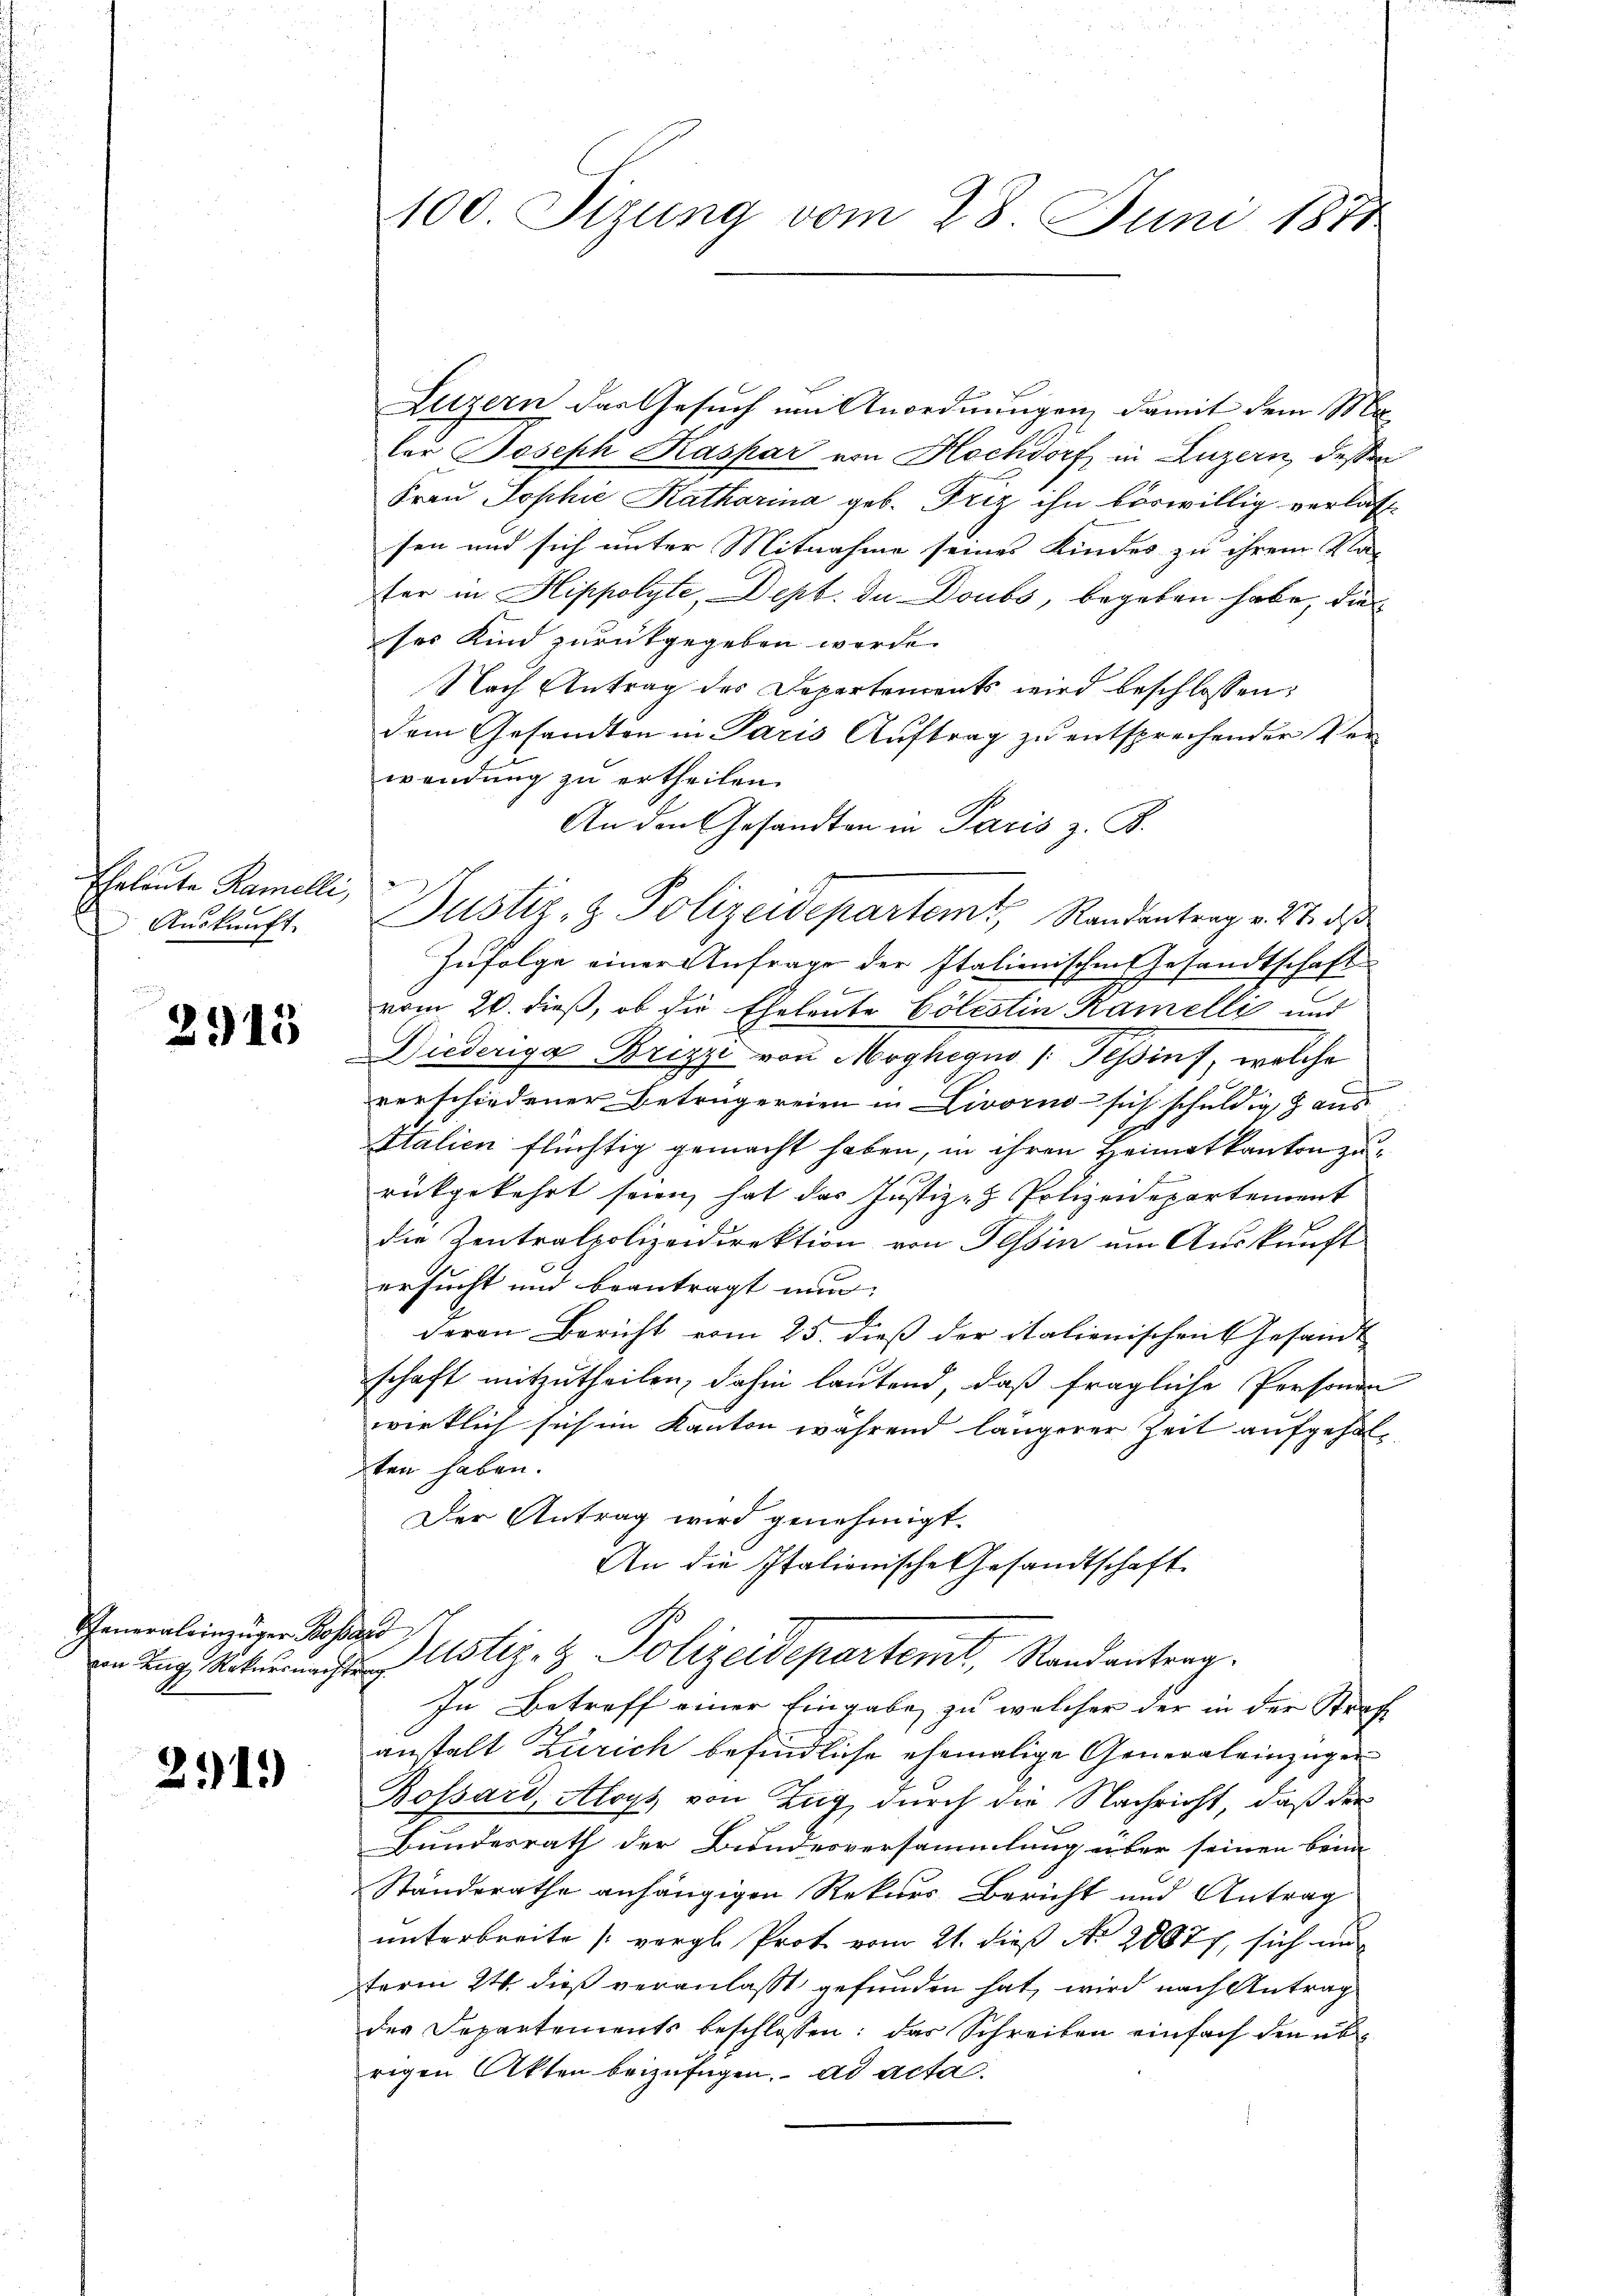
Eheleute Kamelli,
Auskunft

und
2915

General einzüger Bossard

2115)

100 Sizung vom 28. Juni 1871

Luzern das Gesuch um Anordnungen, damit dem Maler Joseph Kaspar von Hochdorf in Luzern, dessen
Frau Sophie Katharina geb. Friz ihn böswillig verlassen und sich unter Mitnahme seines Kindes zu ihrem Va-
fer in Hippolyte, Dept. du Doubs, begeben habe, die
ses Kind zurückgegeben werde.
Nach Antrag des Departements wird beschlossen:
dem Gesandten in Paris Auftrag zu entsprechender Verwendung zu ertheilen.
An den Gesandten in Paris z. B.
Justiz- & Polizeidepartemt, Randantrag v. 18. d
Zufolge einer Anfrage der Italienischen Gesandtschaft
 x
vom 20. dieß, ob die Eheleute Cölestin Kamellić und
Diederga Brizzi von Moghegno : Tessins, welche
verschiedener Betrugereien in Livorno sich schuldig, aus
Italien flüchtig gemacht haben, in ihren Heimatkanton zurückgekehrt seien, hat das Justiz- & Polizeidepartement
die Zentralpolizeidirektion von Tessin um Auskunft
ersucht und beantragt nun:
deren Bericht vom 25. dieß der italienischen Gesandt
schaft mitzutheilen, dahin lautend, daß fragliche Personen
wirklich sich im Kanton während längerer Zeit aufgehalten haben.
Der Antrag wird genehmigt.
An die Italienische Gesandtschaft
s
an Tag Rotenen Astiz- & Polizeidepartemt, Standanterg
In Betreff einer Eingabe zu welcher der in der Straf
anstalt Zürich befindliche ehemalige Generaleinzügen
Bossard, Aloys von Zug, durch die Nachricht, daß die
Bundesrath der Bundesversammlung über seinen beim
Standerathe anhängigen Rekurs Bericht und Antrag
unterbreite (vergl. Prot vom 21. dieß No 28871, sich un
term 24. dieß veranlaßt gefunden hat, wird nach Antrag
der Departements beschlossen: das Schreiben einfach den üb
rigen Akten beizufügen. ad acta.